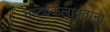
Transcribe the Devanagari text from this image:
नाट्यकलावंतांना